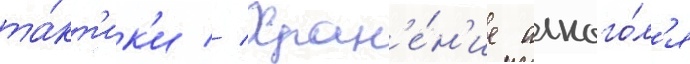
та́кт'ик'и // Хран'е́н'ие алкого́л'я